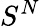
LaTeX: S^{N}